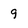
Character: 9